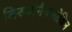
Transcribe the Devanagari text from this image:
तिरुवानैक्कोविल